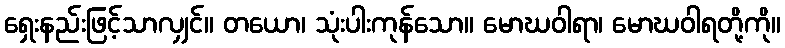
ရှေးနည်းဖြင့်သာလျှင်။ တယော၊ သုံးပါးကုန်သော။ မောဃဝါရာ၊ မောဃဝါရတို့ကို။